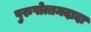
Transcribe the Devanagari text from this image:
पुरुषोत्तमदादा